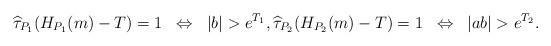
LaTeX: \begin{align*}\widehat\tau_{P_1}(H_{P_1}(m)-T)=1 \;\; \Leftrightarrow \;\; |b|>e^{T_1}, \widehat\tau_{P_2}(H_{P_2}(m)-T)=1 \;\; \Leftrightarrow \;\; |ab|>e^{T_2} .\end{align*}